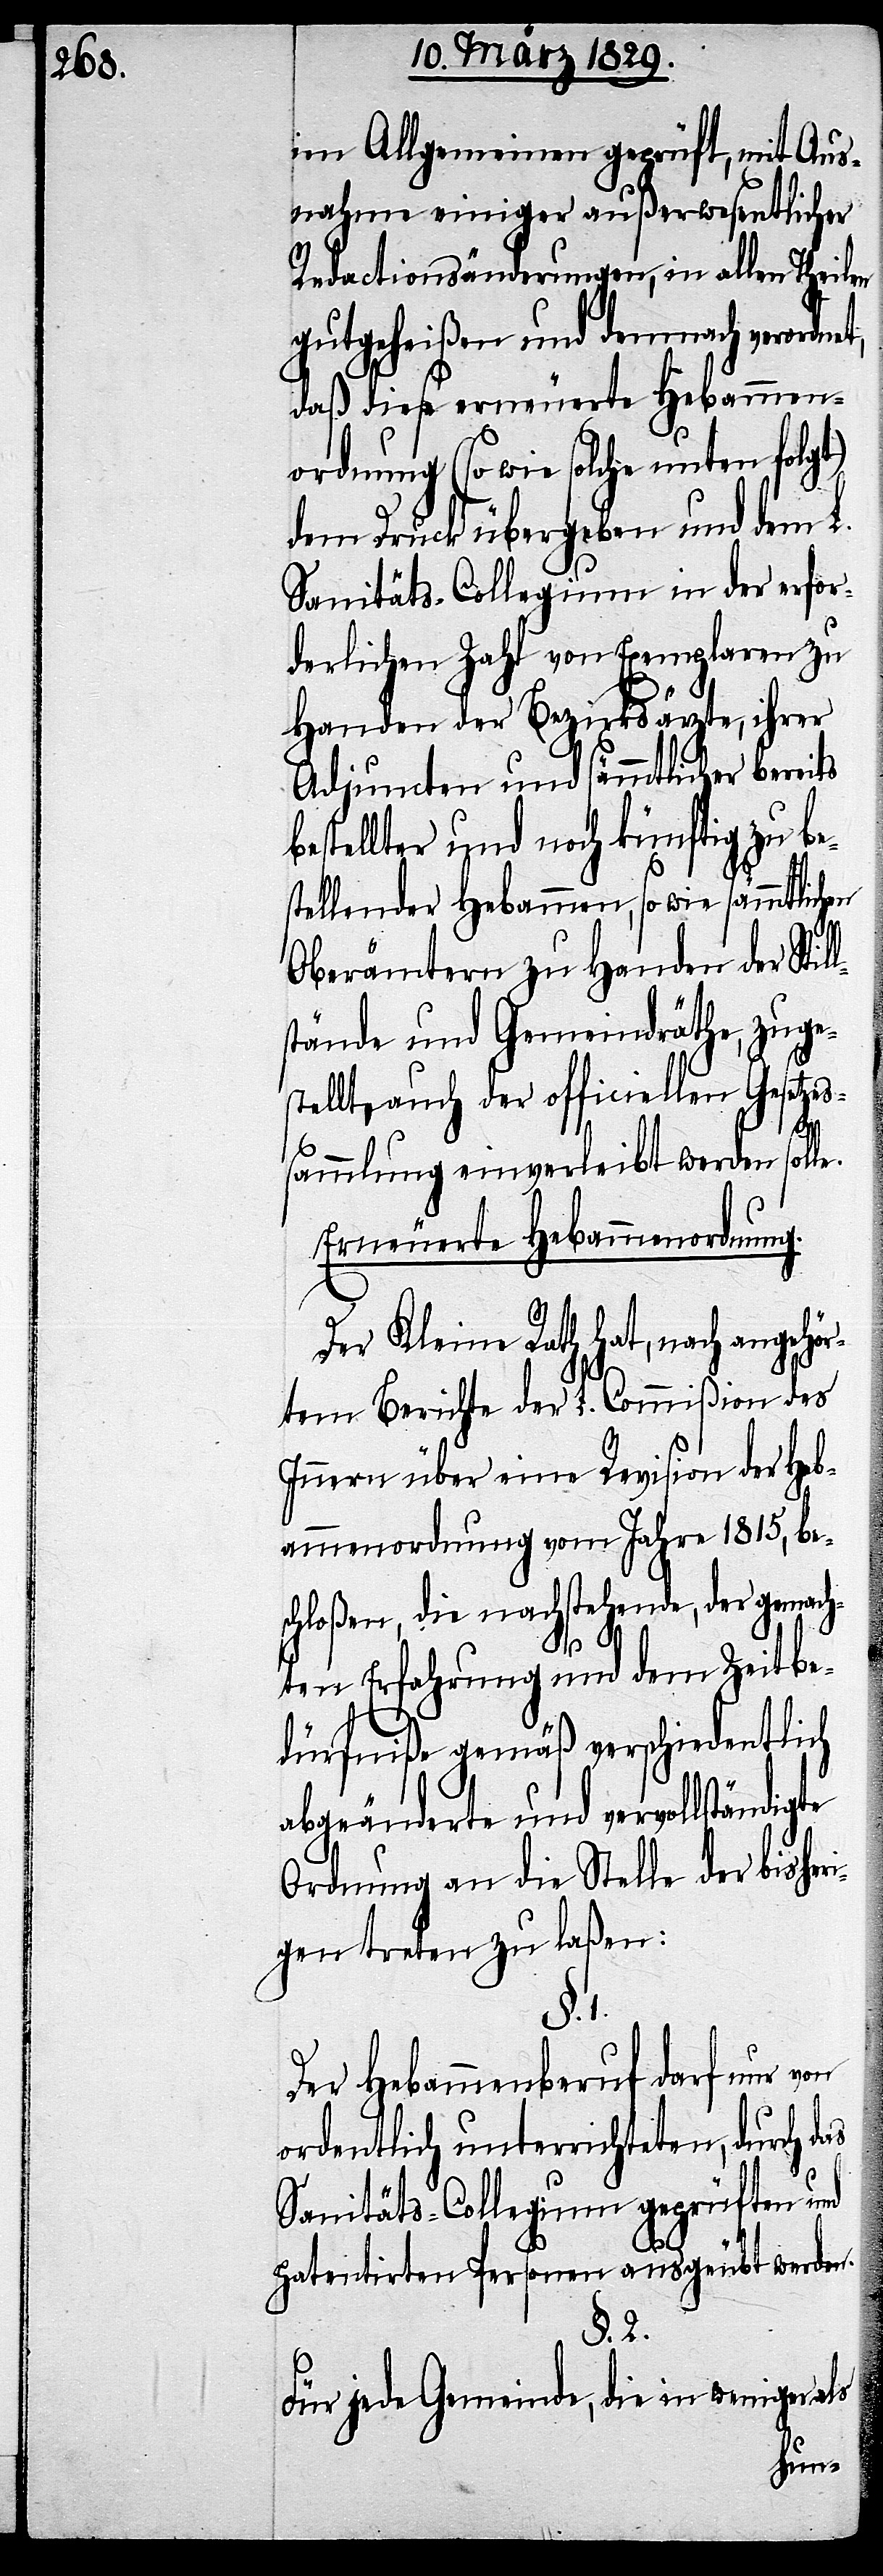
im Allgemeinen geprüft, mit Aus¬
nahme einiger außerwesentlicher
Redactionsänderungen, in allen Theilen
gutgeheißen und demnach verordne¬
daß diese erneuerte Hebammen¬
ordnung (so wie solche unten folgt)
dem Druck übergeben und dem L.
Sanitäts-Collegium in der erfor¬
derlichen Zahl von Exemplaren zu
Handen der Bezirksärzte, ihrer
Adjuncten und sämmtlicher bereits
bestellter und noch künftig zu be¬
stellenden Hebammen, so wie sämmtlicher
Oberämter zu Handen der Stil¬
stände und Gemeindräthe, zuge¬
stellt, auch der officiellen Gesetzes¬
l¬
sammlung einverleibt werden solle.
Erneuerte Hebammenordnung.
Der Kleine Rath hat, nach angehör¬
tem Berichte der L. Commißion des
Innern über eine Revision der Heb¬
ammenordnung vom Jahre 1815, bes¬
chloßen, die nachstehende, der gemach¬
ten Erfahrung und dem Zeitbe¬
dürfniße gemäß verschiedentlich
abgeänderte und vervollständigte
Ordnung an die Stelle der bisheri¬
gen treten zu laßen:
§. 1.
Der Hebammenberuf darf nur von
ordentlich unterrichteten, durch das
Sanitäts-Collegium geprüften und
patentirten Personen ausgeübt werden.
§. 2.
Für jede Gemeinde, die in weniger als